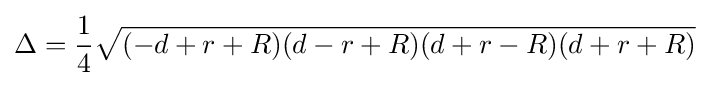
\Delta ={\frac {1}{4}}{\sqrt {(-d+r+R)(d-r+R)(d+r-R)(d+r+R)}}